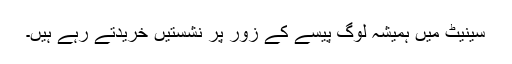
سینیٹ میں ہمیشہ لوگ پیسے کے زور پر نشستیں خریدتے رہے ہیں۔